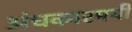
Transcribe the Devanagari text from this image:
अंधकारमयी